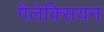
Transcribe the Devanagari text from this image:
गैलेक्सियन